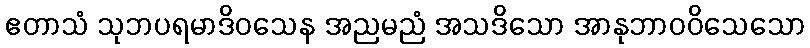
ဧတာသံ သုဘပရမာဒိဝသေန အညမညံ အသဒိသော အာနုဘာဝဝိသေသော